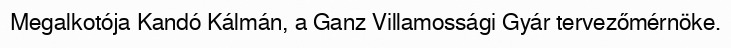
Megalkotója Kandó Kálmán, a Ganz Villamossági Gyár tervezőmérnöke.